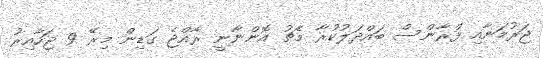
ޖަރުމަނާއި ފްރާންސް ބައްދަލުކުރާ މެޗު އޮންނާނީ ރާއްޖެ ގަޑިން މިރޭ 9 ޖަހާއިރު